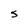
Character: S